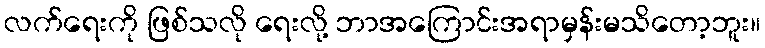
လက်ရေးကို ဖြစ်သလို ရေးလို့ ဘာအကြောင်းအရာမှန်းမသိတော့ဘူး။